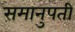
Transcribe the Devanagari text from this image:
समानुपती